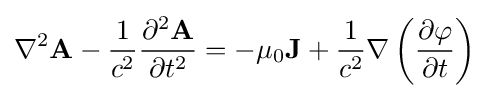
\nabla ^{2}\mathbf {A} -{\dfrac {1}{c^{2}}}{\dfrac {\partial ^{2}\mathbf {A} }{\partial t^{2}}}=-\mu _{0}\mathbf {J} +{\dfrac {1}{c^{2}}}\nabla \left({\dfrac {\partial \varphi }{\partial t}}\right)